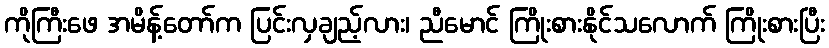
ကိုကြီးဖေ အမိန့်တော်က ပြင်းလှချည့်လား၊ ညီမောင် ကြိုးစားနိုင်သလောက် ကြိုးစားပြီး